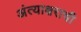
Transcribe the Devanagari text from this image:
अंत्याक्षराची